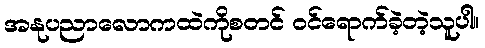
အနုပညာလောကထဲကိုစတင် ဝင်ရောက်ခဲ့တဲ့သူပါ။